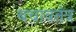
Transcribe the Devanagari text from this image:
बचावतंत्र